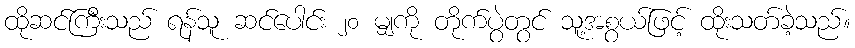
ထိုဆင်ကြီးသည် ရန်သူ ဆင်ပေါင်း ၂၀ မျှကို တိုက်ပွဲတွင် သူ့အစွယ်ဖြင့် ထိုးသတ်ခဲ့သည်။